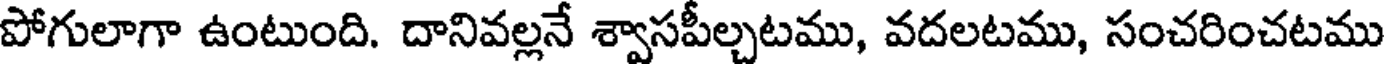
పోగులాగా ఉంటుంది. దానివల్లనే శ్వాసపీల్చటము, వదలటము, సంచరించటము